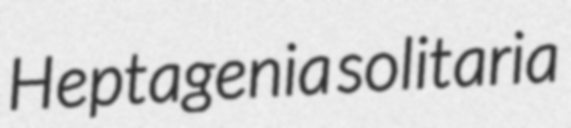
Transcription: Heptagenia solitaria